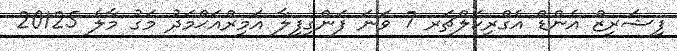
ފިޝަރީޒް އެންޑް އެގްރިކަލްޗަރ 7 ވަނަ ފަންގިފިލާ އަމީރްއަޙްމަދު މަގު މާލެ 20125